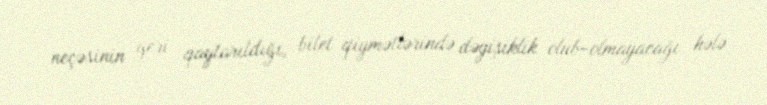
neçəsinin geri qaytarıldığı, bilet qiymətlərində dəyişiklik olub-olmayacağı hələ